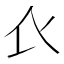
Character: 𧘇